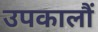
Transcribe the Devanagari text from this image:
उपकालौं